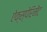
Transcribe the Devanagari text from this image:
ऐक्स्पेरिमेंट